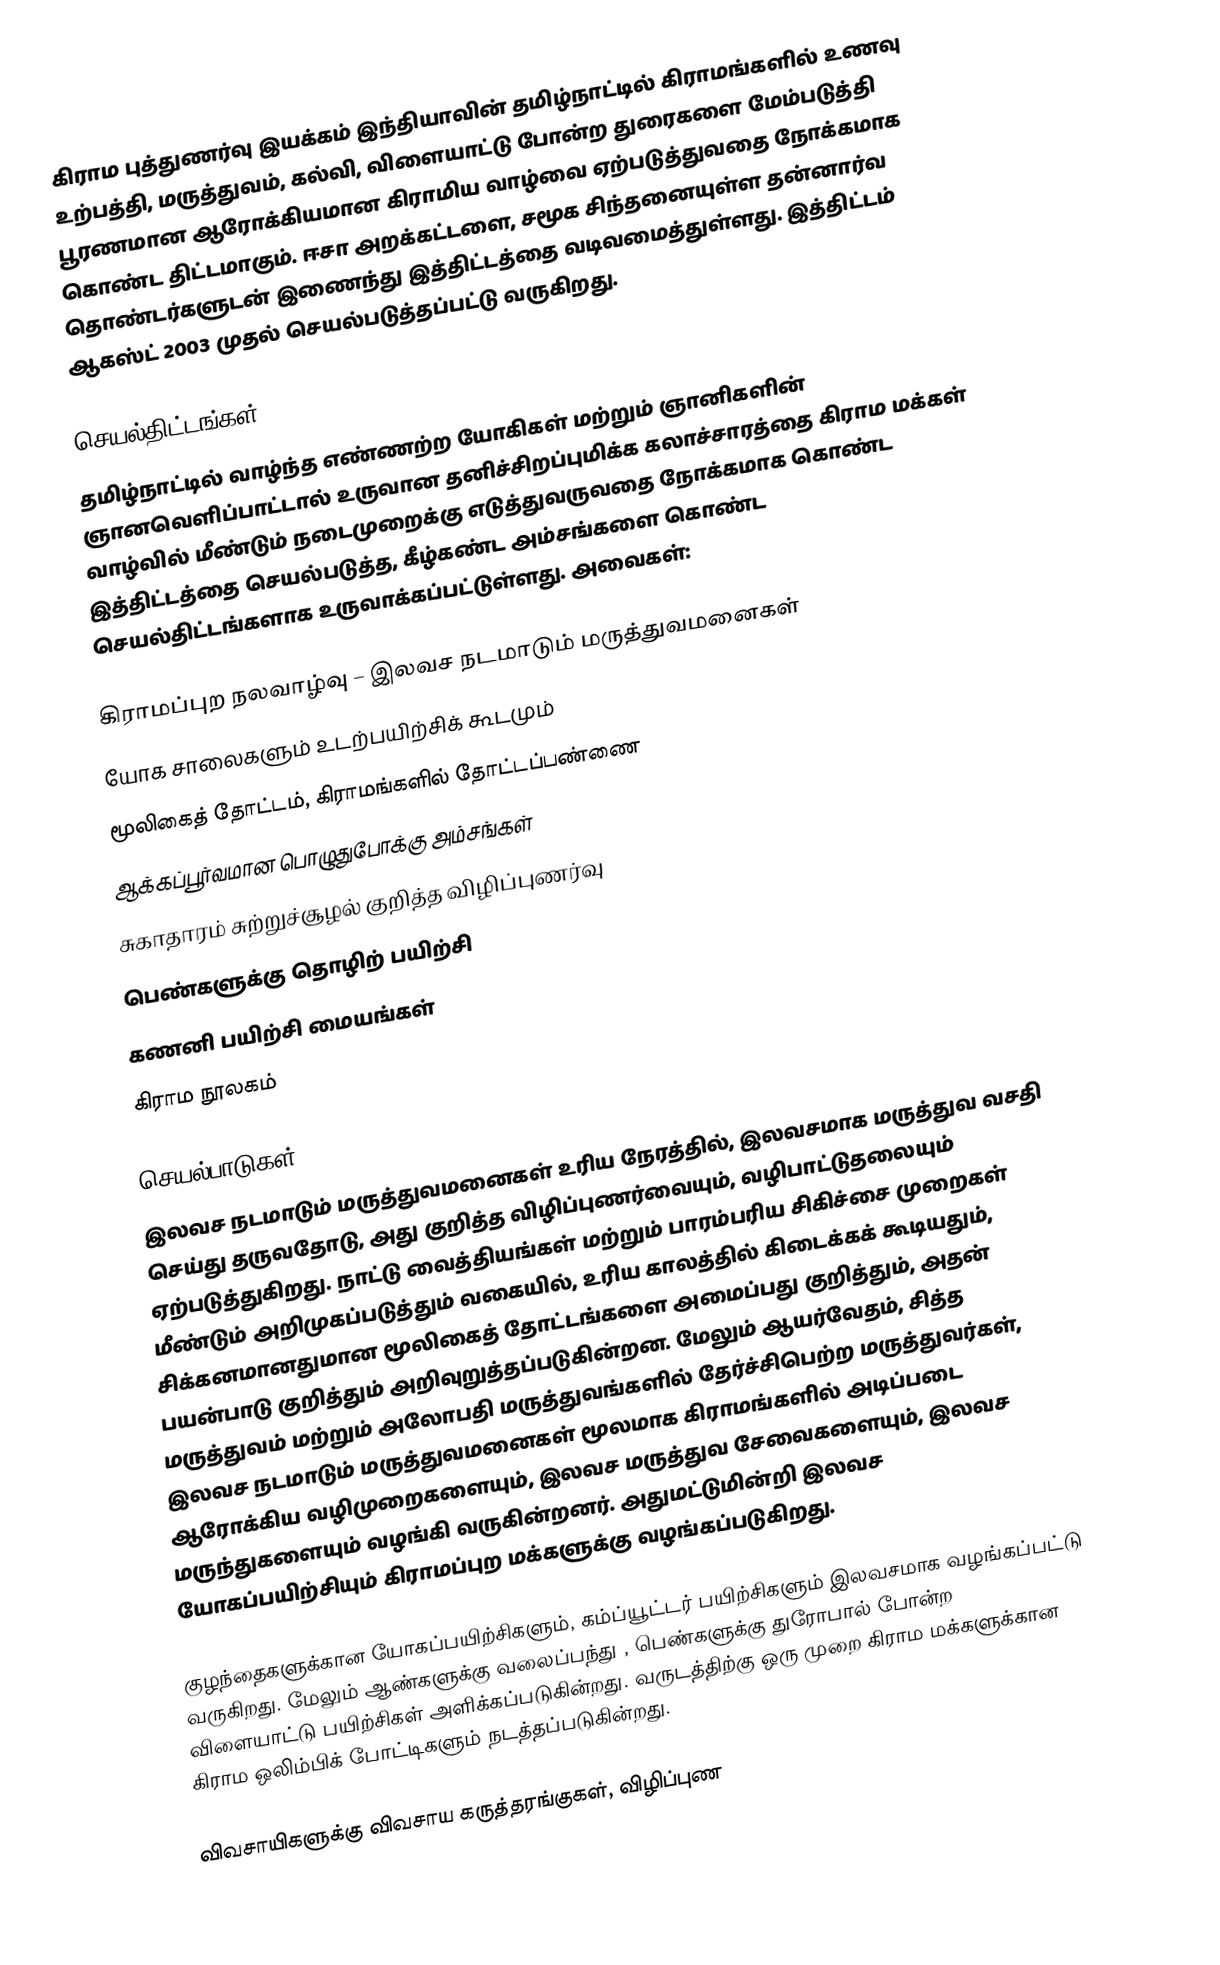
கிராம புத்துணர்வு இயக்கம் இந்தியாவின் தமிழ்நாட்டில் கிராமங்களில் உணவு உற்பத்தி, மருத்துவம், கல்வி, விளையாட்டு போன்ற துரைகளை மேம்படுத்தி பூரணமான ஆரோக்கியமான கிராமிய வாழ்வை ஏற்படுத்துவதை நோக்கமாக கொண்ட திட்டமாகும். ஈசா அறக்கட்டளை, சமூக சிந்தனையுள்ள தன்னார்வ தொண்டர்களுடன் இணைந்து இத்திட்டத்தை வடிவமைத்துள்ளது.  இத்திட்டம் ஆகஸ்ட் 2003 முதல் செயல்படுத்தப்பட்டு வருகிறது.

செயல்திட்டங்கள்
தமிழ்நாட்டில் வாழ்ந்த எண்ணற்ற யோகிகள் மற்றும் ஞானிகளின் ஞானவெளிப்பாட்டால் உருவான தனிச்சிறப்புமிக்க கலாச்சாரத்தை கிராம மக்கள் வாழ்வில் மீண்டும் நடைமுறைக்கு எடுத்துவருவதை நோக்கமாக கொண்ட இத்திட்டத்தை செயல்படுத்த, கீழ்கண்ட அம்சங்களை கொண்ட செயல்திட்டங்களாக உருவாக்கப்பட்டுள்ளது. அவைகள்:

 கிராமப்புற நலவாழ்வு – இலவச நடமாடும் மருத்துவமனைகள்
 யோக சாலைகளும் உடற்பயிற்சிக் கூடமும்
 மூலிகைத் தோட்டம், கிராமங்களில் தோட்டப்பண்ணை
 ஆக்கப்பூர்வமான பொழுதுபோக்கு அம்சங்கள்
 சுகாதாரம் சுற்றுச்சூழல் குறித்த விழிப்புணர்வு
 பெண்களுக்கு தொழிற் பயிற்சி
 கணனி பயிற்சி மையங்கள்
 கிராம நூலகம்

செயல்பாடுகள்
இலவச நடமாடும் மருத்துவமனைகள் உரிய நேரத்தில், இலவசமாக மருத்துவ வசதி செய்து தருவதோடு, அது குறித்த விழிப்புணர்வையும், வழிபாட்டுதலையும் ஏற்படுத்துகிறது. நாட்டு வைத்தியங்கள் மற்றும் பாரம்பரிய சிகிச்சை முறைகள் மீண்டும் அறிமுகப்படுத்தும் வகையில், உரிய காலத்தில் கிடைக்கக் கூடியதும், சிக்கனமானதுமான மூலிகைத் தோட்டங்களை அமைப்பது குறித்தும், அதன் பயன்பாடு குறித்தும் அறிவுறுத்தப்படுகின்றன. மேலும் ஆயர்வேதம், சித்த மருத்துவம் மற்றும் அலோபதி மருத்துவங்களில் தேர்ச்சிபெற்ற மருத்துவர்கள், இலவச நடமாடும் மருத்துவமனைகள் மூலமாக கிராமங்களில் அடிப்படை ஆரோக்கிய வழிமுறைகளையும், இலவச மருத்துவ சேவைகளையும், இலவச மருந்துகளையும் வழங்கி வருகின்றனர். அதுமட்டுமின்றி இலவச யோகப்பயிற்சியும் கிராமப்புற மக்களுக்கு வழங்கப்படுகிறது.

குழந்தைகளுக்கான யோகப்பயிற்சிகளும், கம்ப்யூட்டர் பயிற்சிகளும் இலவசமாக வழங்கப்பட்டு வருகிறது.  மேலும் ஆண்களுக்கு வலைப்பந்து , பெண்களுக்கு துரோபால் போன்ற விளையாட்டு பயிற்சிகள் அளிக்கப்படுகின்றது.  வருடத்திற்கு ஒரு முறை கிராம மக்களுக்கான கிராம ஒலிம்பிக் போட்டிகளும் நடத்தப்படுகின்றது.

விவசாயிகளுக்கு விவசாய கருத்தரங்குகள், விழிப்புண